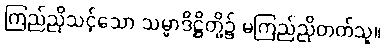
ကြည်ညိုသင့်သော သမ္မာဒိဋ္ဌိတို့၌ မကြည်ညိုတတ်သူ။